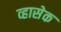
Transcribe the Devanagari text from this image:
व्हासेक